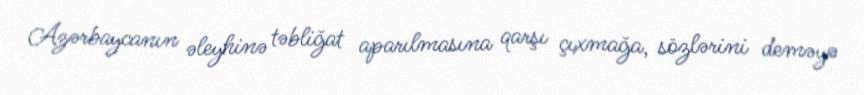
Azərbaycanın əleyhinə təbliğat aparılmasına qarşı çıxmağa, sözlərini deməyə